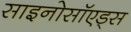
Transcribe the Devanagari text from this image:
साइनोसॉएड्स